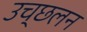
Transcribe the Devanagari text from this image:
उच्छलन